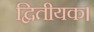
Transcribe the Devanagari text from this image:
द्वितीयक।